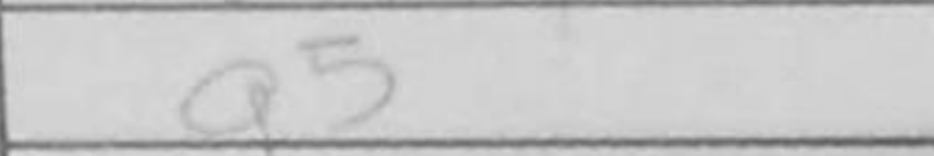
Transcription: g5